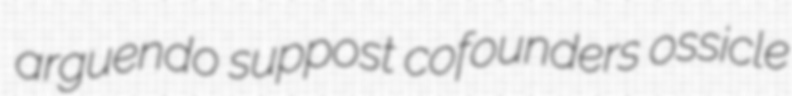
arguendo suppost cofounders ossicle